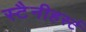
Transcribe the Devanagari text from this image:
स्टैनीहर्स्ट